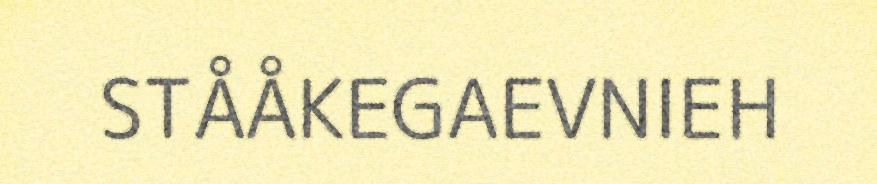
STÅÅKEGAEVNIEH